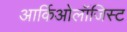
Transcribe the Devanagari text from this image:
आर्किओलॉजिस्ट